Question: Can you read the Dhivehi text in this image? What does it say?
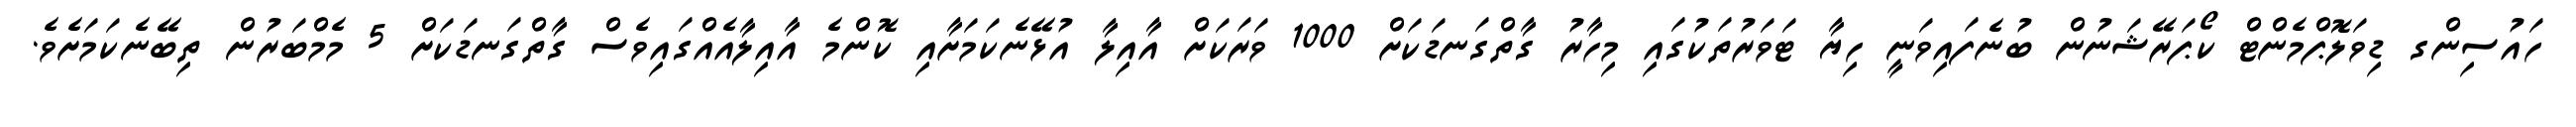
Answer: ހައުސިންގ ޑިވަލޮޕްމެންޓް ކޯޕަރޭޝަނުން ބުނެފައިވަނީ ހިޔާ ޓަވަރުތަކުގައި މިހާރު ގާތްގަނޑަކަށް 1000 ވަރަކަށް އާއިލާ އުޅޭނެކަމަށާއި ކޮންމެ އާއިލާއެއްގައިވެސް ގާތްގަނޑަކަށް 5 މެމްބަރުން ތިބޭނެކަމަށެވެ.